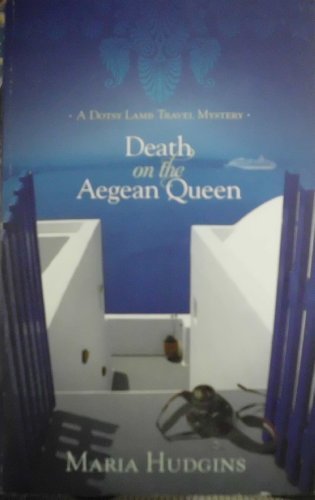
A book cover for Death on the Aegean Queen (A Dotsy Lamb Travel Mystery); Maria Hudgins; Travel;